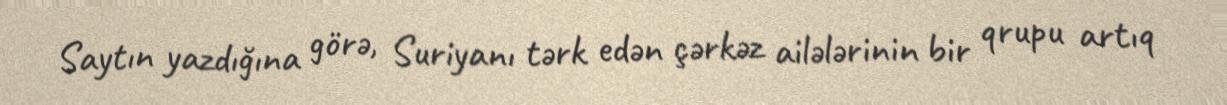
Saytın yazdığına görə, Suriyanı tərk edən çərkəz ailələrinin bir qrupu artıq